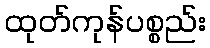
ထုတ်ကုန်ပစ္စည်း